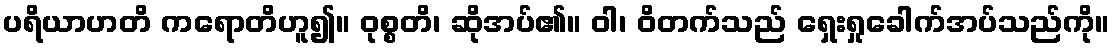
ပရိယာဟတိ ကရောတိဟူ၍။ ဝုစ္စတိ၊ ဆိုအပ်၏။ ဝါ၊ ဝိတက်သည် ရှေးရှုခေါက်အပ်သည်ကို။